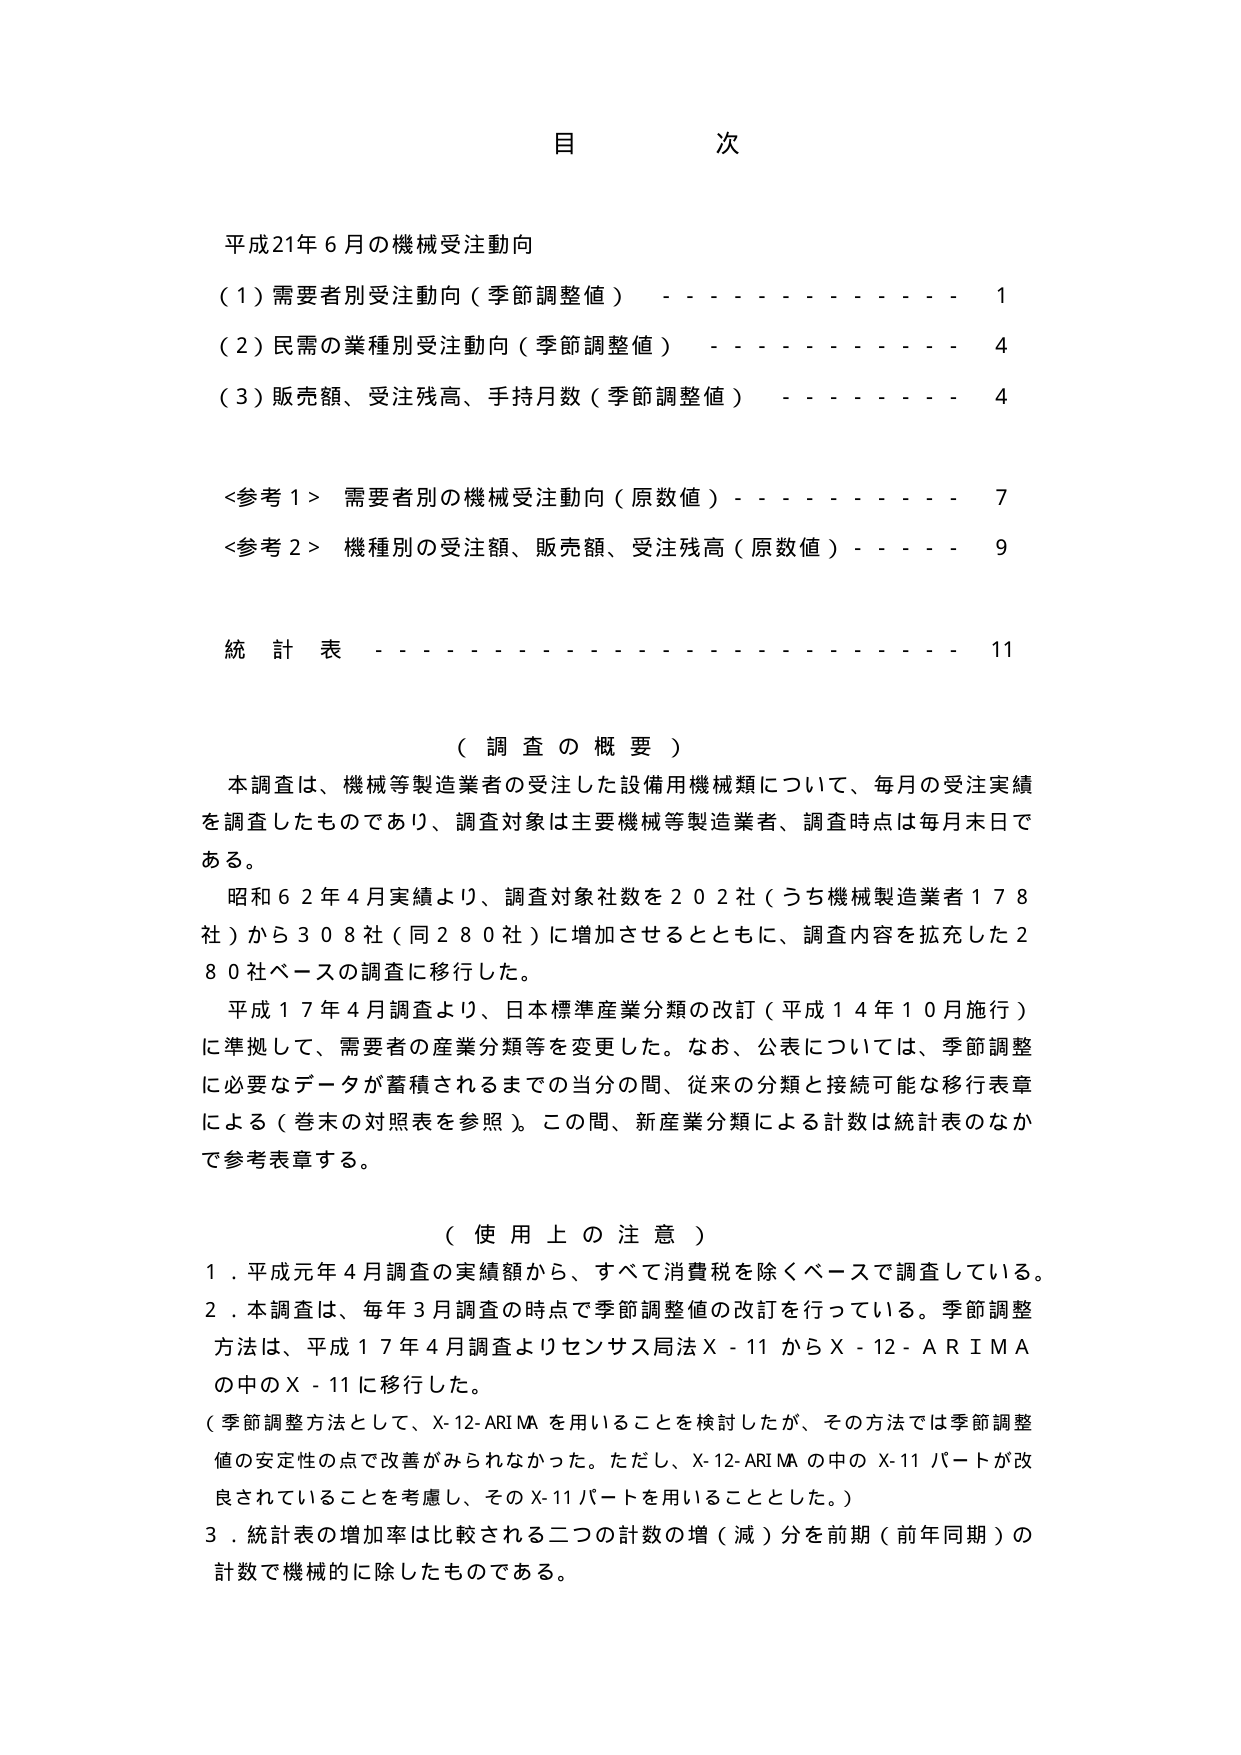
目 次

平成21年6月の機械受注動向
（1）需要者別受注動向（季節調整値） - - - - - - - - - - - - 1
（2）民需の業種別受注動向（季節調整値） - - - - - - - - - - - 4
（3）販売額、受注残高、手持月数（季節調整値） - - - - - - - - 4

<参考1> 需要者別の機械受注動向（原数値） - - - - - - - - - - - 7
<参考2> 機種別の受注額、販売額、受注残高（原数値） - - - - - - 9

統計表 - - - - - - - - - - - - - - - - - - - - - - - - - - - - 11

（調査の概要）
本調査は、機械等製造業者の受注した設備用機械類について、毎月の受注実績を調査したものであり、調査対象は主要機械等製造業者、調査時点は毎月末日である。
昭和62年4月実績より、調査対象社数を202社（うち機械製造業者178社）から308社（同280社）に増加させるとともに、調査内容を拡充した280社ベースの調査に移行した。
平成17年4月調査より、日本標準産業分類の改訂（平成14年10月施行）に準拠して、需要者の産業分類等を変更した。なお、公表については、季節調整に必要なデータが蓄積されるまでの当分の間、従来の分類と接続可能な移行表章による（巻末の対照表を参照）。この間、新産業分類による計数は統計表のなかで参考表章する。

（使用上の注意）
1．平成元年4月調査の実績額から、すべて消費税を除くベースで調査している。
2．本調査は、毎年3月調査の時点で季節調整値の改訂を行っている。季節調整方法は、平成17年4月調査よりセンサス局法X-11からX-12-ARIMAの中のX-11に移行した。
（季節調整方法として、X-12-ARIMAを用いることを検討したが、その方法では季節調整値の安定性の点で改善がみられなかった。ただし、X-12-ARIMAの中のX-11パートが改良されていることを考慮し、そのX-11パートを用いることとした。）
3．統計表の増加率は比較される二つの計数の増（減）分を前期（前年同期）の計数で機械的に除したものである。